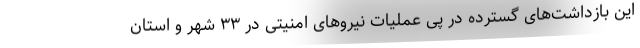
این بازداشت‌های گسترده در پی عملیات نیروهای امنیتی در ۳۳ شهر و استان